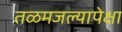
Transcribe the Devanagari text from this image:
तळमजल्यापेक्षा